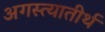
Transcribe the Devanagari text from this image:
अगस्त्यातीर्थ